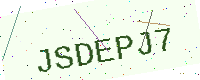
Text: JSDEPJ7